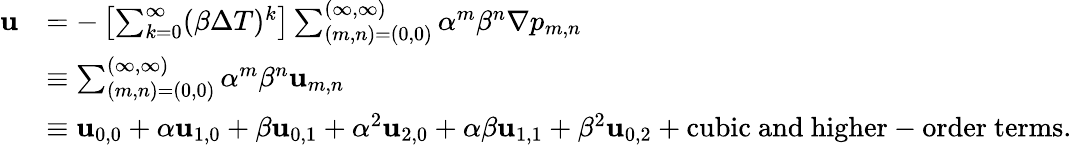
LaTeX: \begin{array}{rl}{\mathbf{u}}&{=-\left[\sum_{k=0}^{\infty}(\beta\Delta T)^{k}\right]\sum_{(m,n)=(0,0)}^{(\infty,\infty)}\alpha^{m}\beta^{n}\nabla p_{m,n}}\\ &{\equiv\sum_{(m,n)=(0,0)}^{(\infty,\infty)}\alpha^{m}\beta^{n}\mathbf{u}_{m,n}}\\ &{\equiv\mathbf{u}_{0,0}+\alpha\mathbf{u}_{1,0}+\beta\mathbf{u}_{0,1}+\alpha^{2}\mathbf{u}_{2,0}+\alpha\beta\mathbf{u}_{1,1}+\beta^{2}\mathbf{u}_{0,2}+\mathrm{cubic~and~higher-order~terms}.}\end{array}